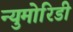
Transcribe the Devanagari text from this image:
न्युमोरिडी